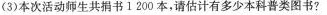
(3)本次活动师生共捐书1200本，请估计有多少本科普类图书?